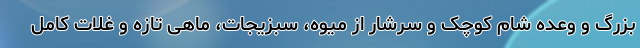
بزرگ و وعده شام کوچک و سرشار از میوه، سبزیجات، ماهی تازه و غلات کامل